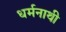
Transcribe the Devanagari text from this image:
धर्मनाथी